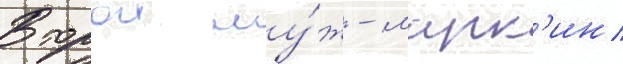
Второи му́ж - марк'ин